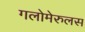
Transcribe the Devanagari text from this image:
गलोमेरुलस